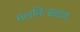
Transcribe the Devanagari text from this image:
मलनिःसारण